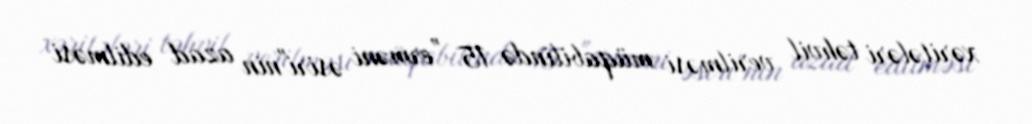
xəritələri təhvil verilməsi müqabilində 15 ”erməni əsiri"nin azad edilməsi